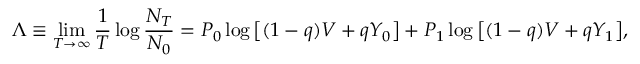
\Lambda \equiv \operatorname* { l i m } _ { T \to \infty } \frac { 1 } { T } \log \frac { N _ { T } } { N _ { 0 } } = P _ { 0 } \log \big [ ( 1 - q ) V + q Y _ { 0 } \big ] + P _ { 1 } \log \big [ ( 1 - q ) V + q Y _ { 1 } \big ] ,